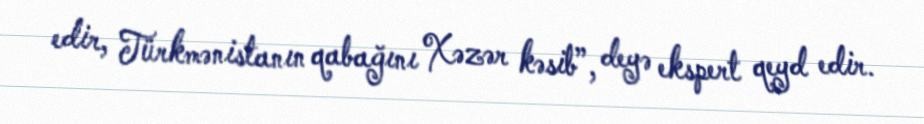
edir, Türkmənistanın qabağını Xəzər kəsib”, deyə ekspert qeyd edir.